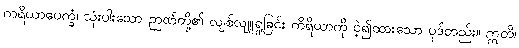
ကရိယာပေက္ခံ၊ သုံးပါးသော ဉာဏ်တို့၏ လျစ်လျူရှုခြင်း ကိရိယာကို ငဲ့၍ထားသော ပုဒ်တည်း။ ဣတိ၊